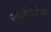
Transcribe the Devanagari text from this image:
न्यायालिय्क